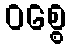
ဝစ္စေ